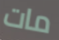
مات